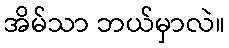
အိမ်သာ ဘယ်မှာလဲ။